Report on vaccination North-West Frontier Province 1904-1922 - 1904-1922
Year: 1904
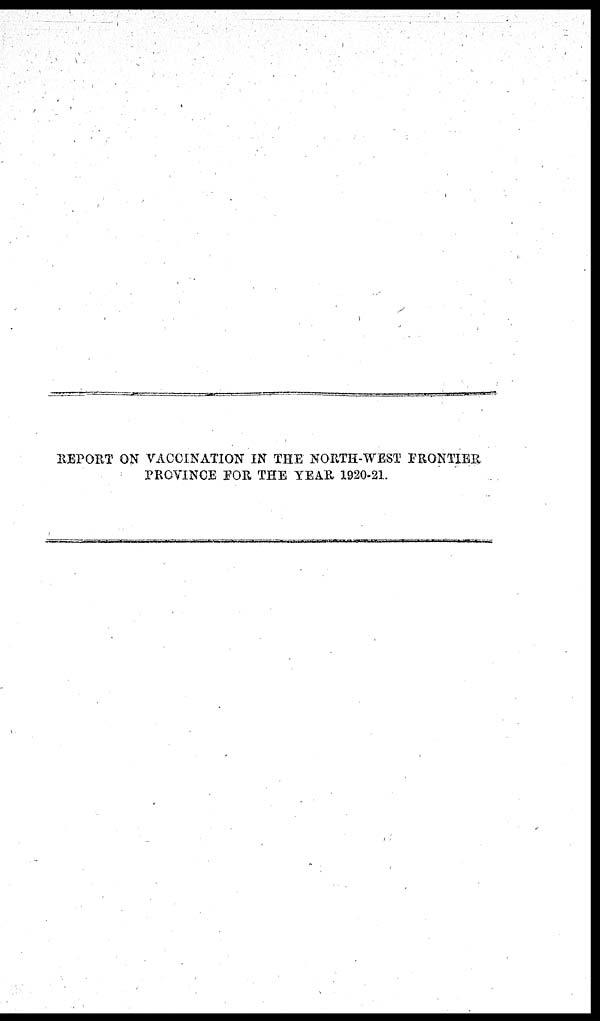
REPORT ON VACCINATION IN THE NORTH-WEST FRONTIER
PROVINCE FOR THE YEAR 1920-21.